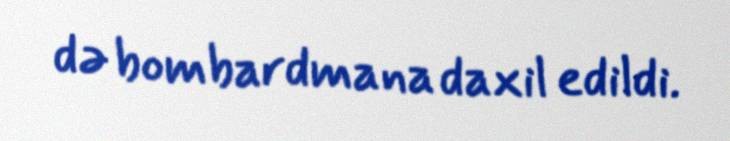
də bombardmana daxil edildi.